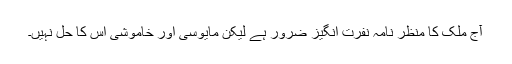
آج ملک کا منظر نامہ نفرت انگیز ضرور ہے لیکن مایوسی اور خاموشی اس کا حل نہیں۔